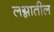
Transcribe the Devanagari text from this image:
लग्नातील